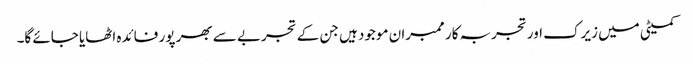
کمیٹی میں زیرک اور تجربہ کار ممبران موجود ہیں جن کے تجربے سے بھر پور فائدہ اٹھایا جائے گا۔